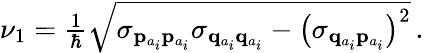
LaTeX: \begin{array}{r}{\nu_{1}=\frac{1}{\hbar}\sqrt{\sigma_{{\mathbf{p}}_{a_{i}}{\mathbf{p}}_{a_{i}}}\sigma_{{\mathbf{q}}_{a_{i}}{\mathbf{q}}_{a_{i}}}-\left(\sigma_{{\mathbf{q}}_{a_{i}}{\mathbf{p}}_{a_{i}}}\right)^{2}}\, .}\end{array}